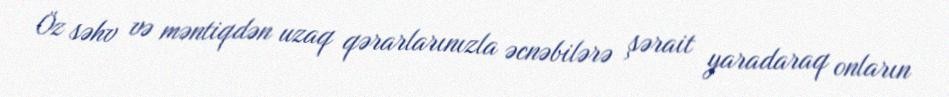
Öz səhv və məntiqdən uzaq qərarlarınızla əcnəbilərə şərait yaradaraq onların